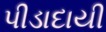
પીડાદાયી